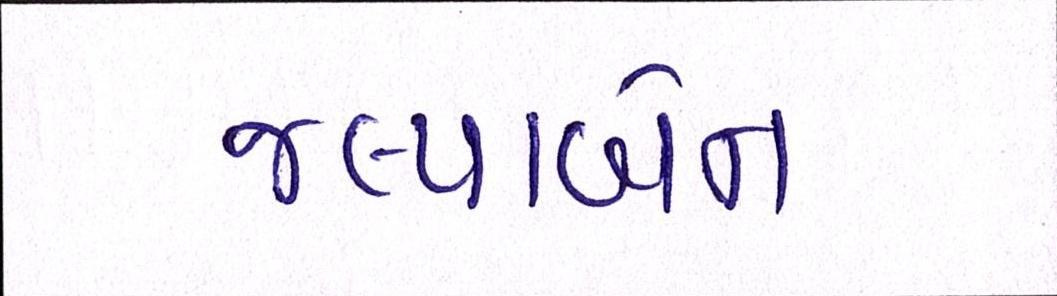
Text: જલ્પાબેન